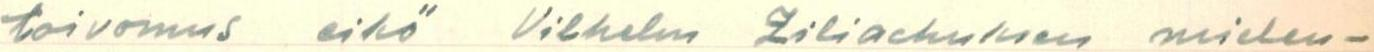
toivomus eikö Vilhelm Ziliackuksen mielen-